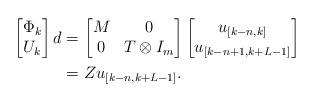
LaTeX: \begin{align*}\begin{bmatrix}\Phi_k\\U_k\end{bmatrix}d&=\begin{bmatrix}M&0\\0&T\otimes I_m\end{bmatrix}\begin{bmatrix}u_{[k-n,k]}\\u_{[k-n+1,k+L-1]}\end{bmatrix}\\&=Zu_{[k-n,k+L-1]}.\end{align*}